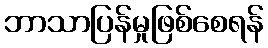
ဘာသာပြန်မှုဖြစ်စေရန်